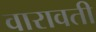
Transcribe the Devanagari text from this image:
वारावती